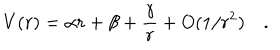
LaTeX: V ( r ) = \alpha r + \beta + { \frac { \gamma } { r } } + O ( 1 / r ^ { 2 } ) \quad .